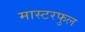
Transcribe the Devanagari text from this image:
मास्टरफुल